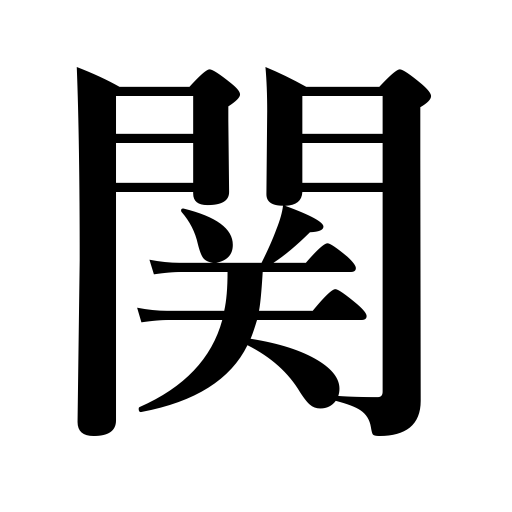
Meanings: have to do with,influence,affect,concern oneself in,barrier,gateway,stick to opinions,checking station